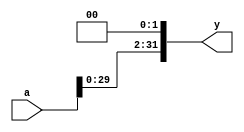
module Shifter32bits(a, y);
  input [31:0] a;
  output wire [31:0] y;
  assign y = {a[29:0], 2'b00};
endmodule